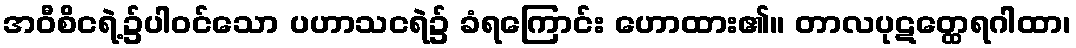
အဝီစိငရဲ့၌ပါဝင်သော ပဟာသငရဲ၌ ခံရကြောင်း ဟောထား၏။ တာလပုဋတ္ထေရဂါထာ၊